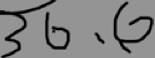
3 6 、 6